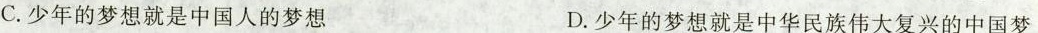
C.少年的梦想就是中国人的梦想 D.少年的梦想就是中华民族伟大复兴的中国梦